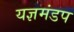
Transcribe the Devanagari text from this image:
यज्ञमंडप